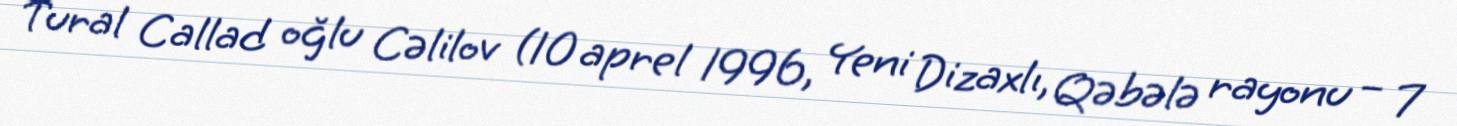
Tural Callad oğlu Cəlilov (10 aprel 1996, Yeni Dizaxlı, Qəbələ rayonu – 7